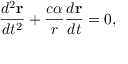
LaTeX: \frac { d ^ { 2 } { \bf r } } { d t ^ { 2 } } + \frac { c \alpha } { r } \frac { d { \bf r } } { d t } = 0 ,